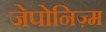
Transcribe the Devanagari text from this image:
जेपोनिज़्म